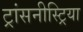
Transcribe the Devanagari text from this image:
ट्रांसनीस्ट्रिया